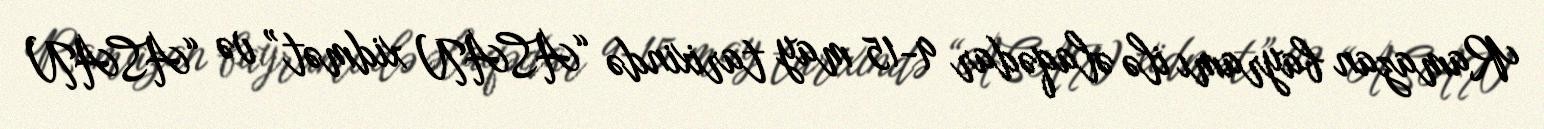
Ramazan bayramı ilə əlaqədar 9-15 may tarixində “ASAN xidmət” və “ASAN